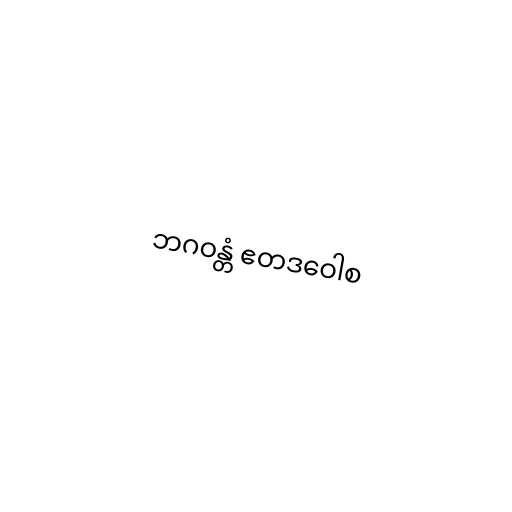
ဘဂဝန္တံ ဧတဒဝေါစ